Code of medical and sanitary regulations for the guidance of medical officers serving in the Madras Presidency - Volume II
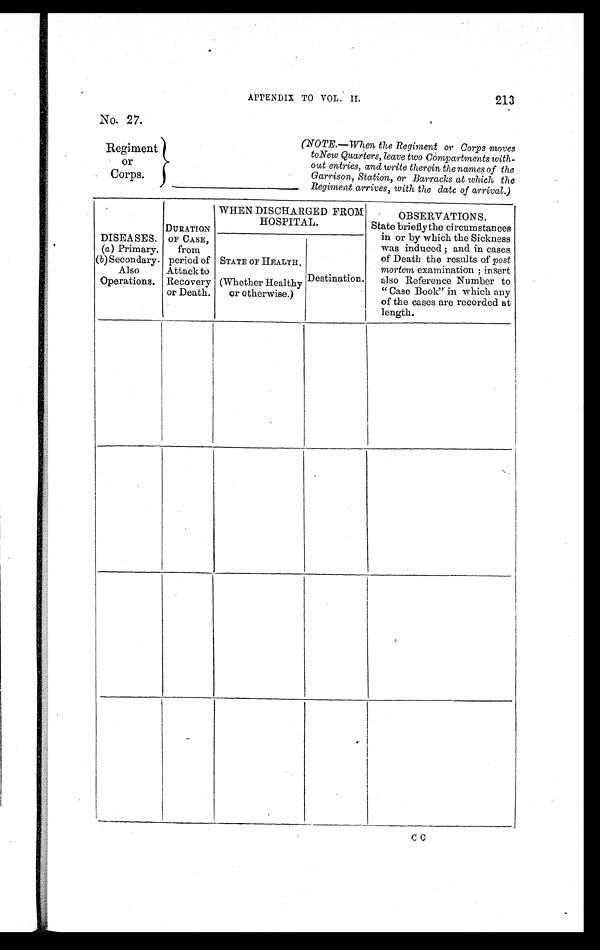
Regiment
or
Corps.
APPENDIX TO VOL. II.
213
No. 27.
(NOTE.—When the Regiment or Corps moves
to New Quarters, leave two Compartments with-
out entries, and write therein the names of the
Garrison, Station, or Barracks at which the
Regiment arrives, with the date of arrival.)
DISEASES.
(a ) Primary.
(b) Secondary.
Also
Operations.
DURATION
OF CASE,
from
period of
Attack to
Recovery
or Death.
WHEN DISCHARGED FROM
HOSPITAL.
OBSERVATIONS.
State briefly the circumstances
in or by which the Sickness
was induced ; and in cases
of Death the results of post
mortem examination ; insert
also Reference Number to
"Case Book" in which any
of the cases are recorded at
length.
STATE OF HEALTH.
(Whether Healthy
or otherwise.)
Destination.
C C